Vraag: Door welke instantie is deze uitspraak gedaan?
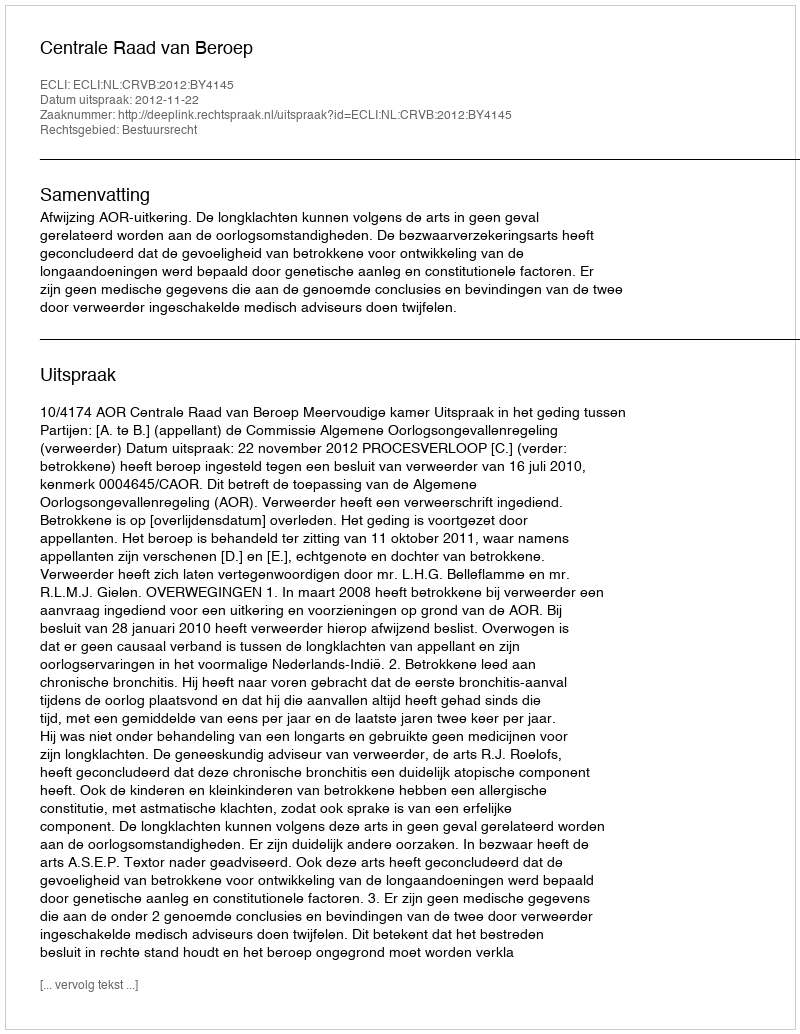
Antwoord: Centrale Raad van Beroep